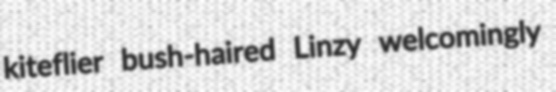
kiteflier bush-haired Linzy welcomingly